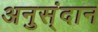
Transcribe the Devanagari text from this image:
अनुस्ंदान